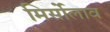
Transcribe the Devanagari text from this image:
मिर्सोलाव